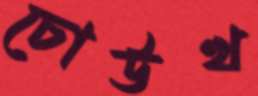
চোউখ